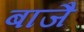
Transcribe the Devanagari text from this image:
बाजै